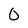
Character: 0